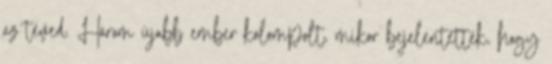
az téved. Három újabb ember kolompolt, mikor bejelentették, hogy